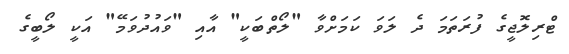
ޓްރިލޮޖީގެ ފުރަތަމަ ދެ ލަވަ ކަމަށްވާ "ލޯތްބަކީ" އާއި "ވައުދުވަމޭ" އަކީ ލޯބީގެ